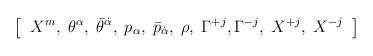
\begin{align*}\left[\;\; X^m,\;\theta^{\alpha},\;\bar\theta^{\dot\alpha},\;p_{\alpha},\; \bar{p}_{\dot\alpha}, \;\rho,\;\Gamma^{+j},\Gamma^{-j},\; X^{+j},\; X^{-j}\;\; \right] \end{align*}